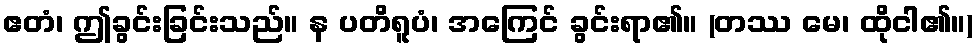
ဧတံ၊ ဤခွင်းခြင်းသည်။ န ပတိရူပံ၊ အကြေင် ခွင်းရာ၏။ (တဿ မေ၊ ထိုငါ၏။)